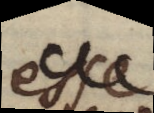
esse